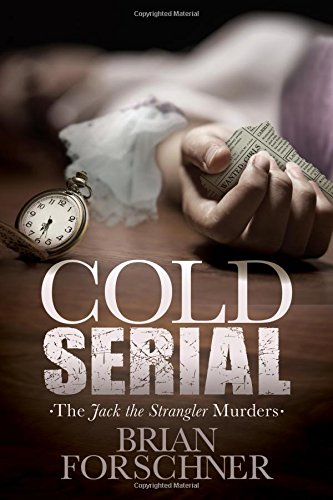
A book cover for Cold Serial: The Jack The Strangler Murders; Brian Forschner; Medical Books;